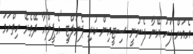
އެއަށް ފަހު އޭނާ ފެނުނީ ސިޓީއިން ކުރި ޕެނަލްޓީ 'އެޕީލް'އާ ދޭތެރޭ ހިތްހަމަ